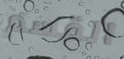
القسم